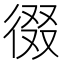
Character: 𭛶